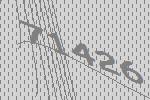
71426